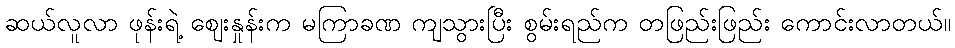
ဆယ်လူလာ ဖုန်းရဲ့ ဈေးနှုန်းက မကြာခဏ ကျသွားပြီး စွမ်းရည်က တဖြည်းဖြည်း ကောင်းလာတယ်။